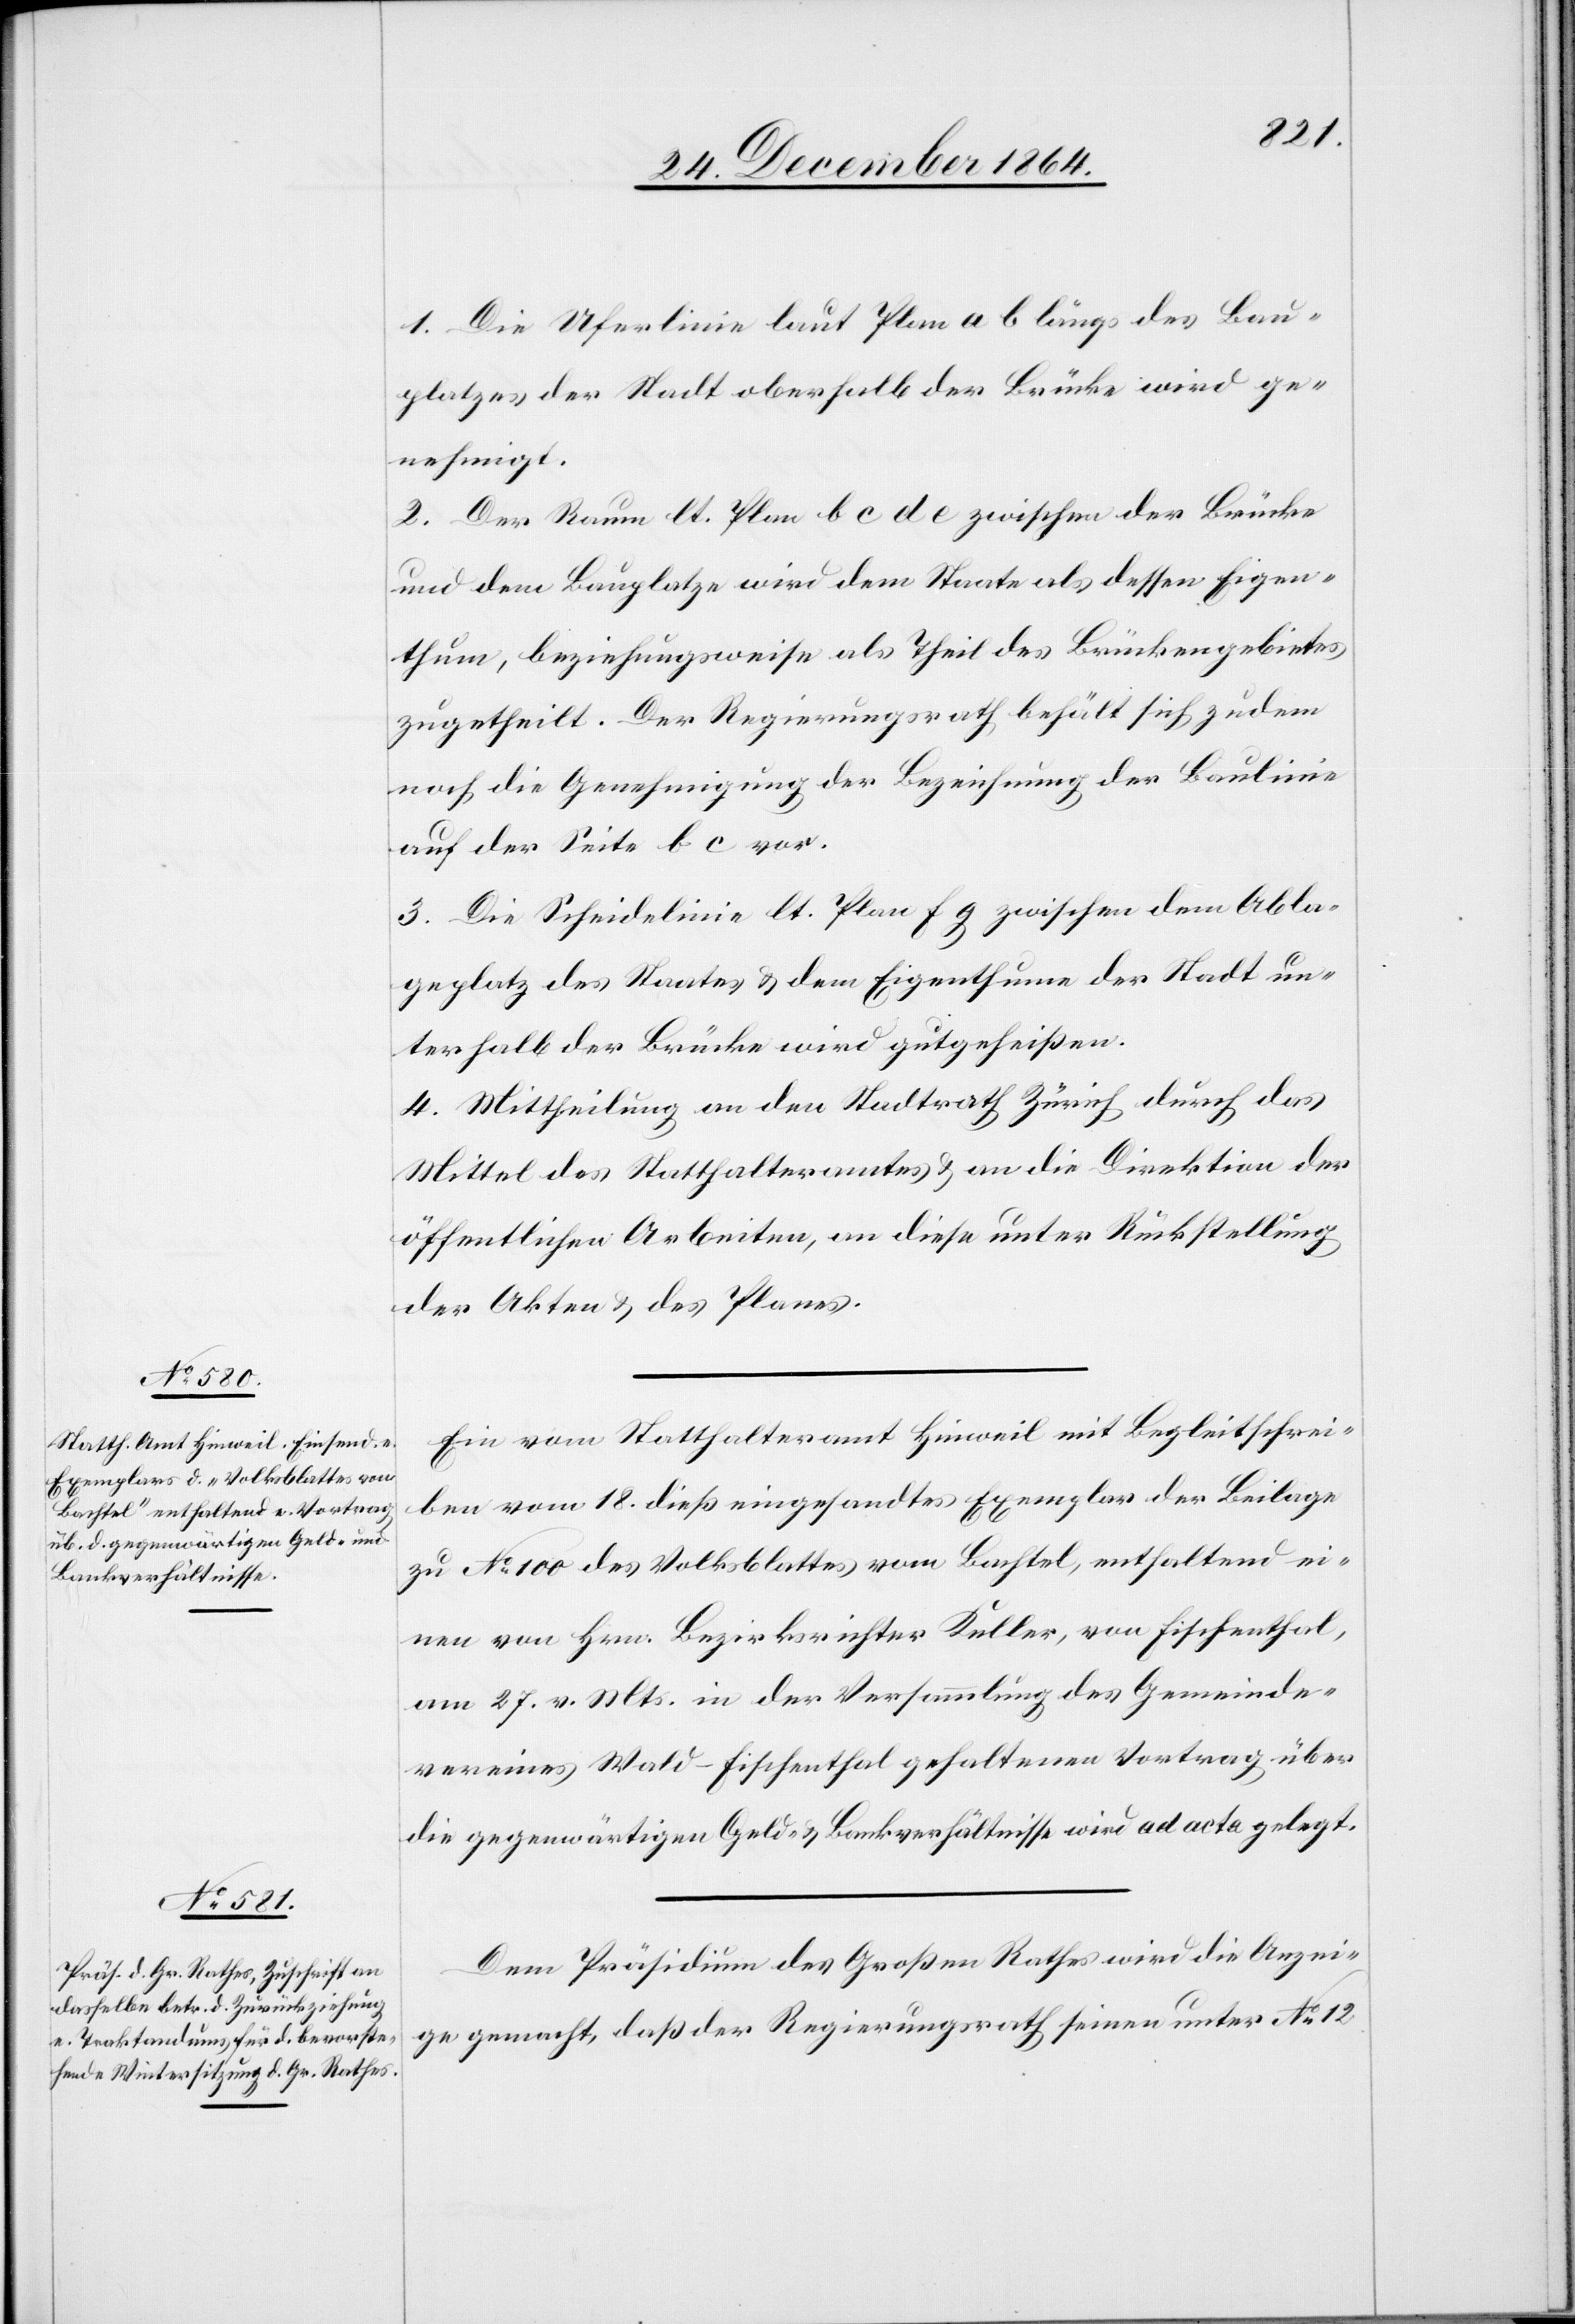
1. Die Uferlinie laut Plan a b längs des Bau¬
platzes der Stadt oberhalb der Brücke wird ge¬
nehmigt.
2. Der raum lt. Plan b c d e zwischen der Brücke
und dem Bauplatze wird dem Staate als dessen Eigen¬
thum, beziehungsweise als Theil des Brückengebietes
zugetheilt. Der Regierungsrath behält sich zudem
noch die Genehmigung der Bezeichnung der Baulinie
auf der Seite b c vor.
3. Die Scheidelinie lt. Plan f g zwischen dem Abla¬
geplatz des Staates & dem Eigenthume der Stadt un¬
terhalb der Brücke wird gutgeheißen.
4. Mittheilung an den Stadtrath Zürich durch das
Mittel des Statthalteramtes & an die Direktion der
öffentlichen Arbeiten, an diese unter Rückstellung
der Akten & des Planes.
Ein vom Statthalteramt Hinweil mit Begleitschrei¬
ben vom 18. dieß eingesandtes Exemplar der Beilage
zu No 100 des Volksblattes vom Bachtel, enthaltend ei¬
nen von Hrn. Bezirksrichter Keller, von Fischenthal,
am 27. v. Mts. in der Versammlung des Gemeinde¬
vereines Wald-Fischenthal gehaltenen Vortrag über
die gegenwärtigen Geld- & Bankverhältnisse wird ad acta gelegt.
Dem Präsidium des Großen Rathes wird die Anzei¬
ge gemacht, daß der Regierungsrath seinen unter No 12